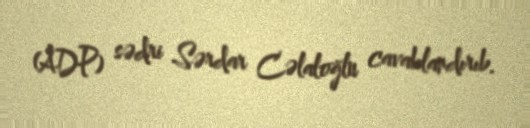
(ADP) sədri Sərdar Cəlaloğlu cavablandırıb.